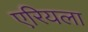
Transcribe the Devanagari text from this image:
एरियला